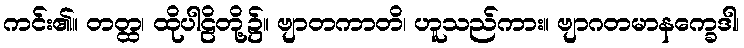
ကင်း၏။ တတ္ထ၊ ထိုပါဠိတို့၌။ ဗျာတကာတိ၊ ဟူသည်ကား။ ဗျာဂတမာနက္ခေဒါ၊